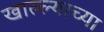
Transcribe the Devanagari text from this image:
खाल्ल्याच्या